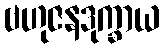
ဗဟုဇနဒုက္ခာယ